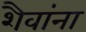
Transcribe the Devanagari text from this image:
शैवांना